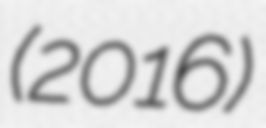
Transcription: (2016)